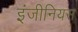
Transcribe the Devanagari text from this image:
इंजीनियस